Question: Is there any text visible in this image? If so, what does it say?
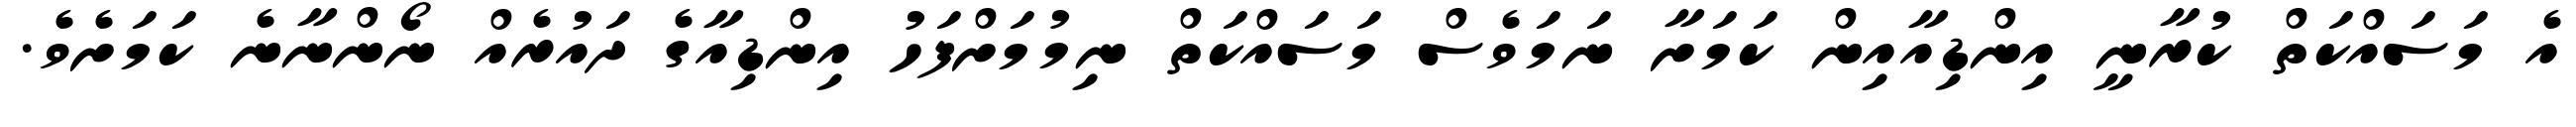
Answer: އެ މަސައްކަތް ކުރާނީ އިންޑިއާއިން ކަމަށާ ނަމަވެސް މަސައްކަތް ނިމުމަށްފަހު އިންޑިއާގެ ދައުރެއް ނޯންނާނެ ކަމަށެވެ.